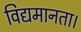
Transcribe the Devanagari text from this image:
विद्यमानता।